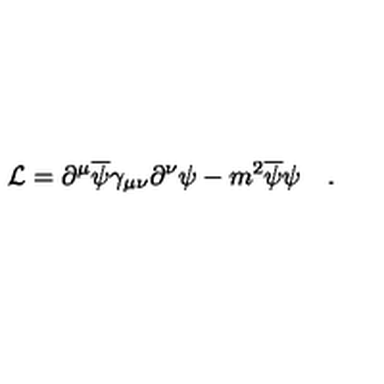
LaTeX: { \cal L } = \partial ^ { \mu } \overline { \psi } \gamma _ { \mu \nu } \partial ^ { \nu } \psi - m ^ { 2 } \overline { \psi } \psi \quad .